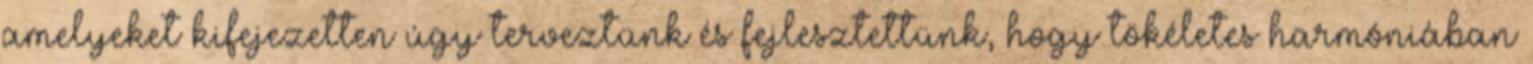
amelyeket kifejezetten úgy terveztünk és fejlesztettünk, hogy tökéletes harmóniában